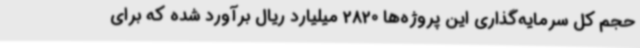
حجم کل سرمایه‌گذاری این پروژه‌ها 2820 میلیارد ریال برآورد شده که برای